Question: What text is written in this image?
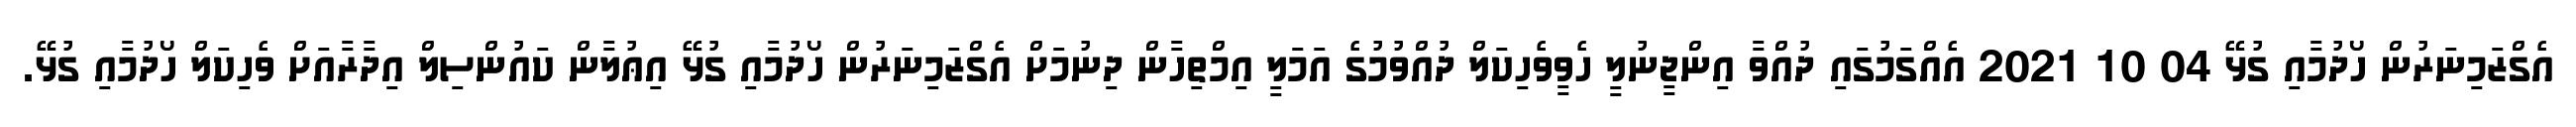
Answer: އެގްޒަމިނަރުން ހޯދުމާއި ގުޅޭ 04 10 2021 އެއްގަމުގައި ދުއްވާ އިންޖީނުލީ ހެވީވެހިކަލް ދުއްވުމުގެ އަމަލީ އިމްތިހާން ދިނުމަށް އެގްޒަމިނަރުން ހޯދުމާއި ގުޅޭ އިޢުލާން ކައުންސިލް އިދާރާއަށް ވެހިކަލް ހޯދުމާއި ގުޅޭ.